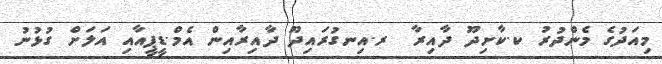
މިއަދުގެ މެންދުރު ކ.ކާށިދޫ ދާއިރާ  ރ.އިނގުރައިދޫ ދާއިރާއިން އެމް.ޑީޕީއާއި އަލަށް ގުޅުނު